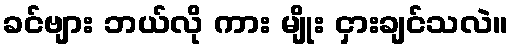
ခင်ဗျား ဘယ်လို ကား မျိုး ငှားချင်သလဲ။